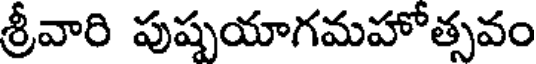
శ్రీవారి పుష్పయాగమహోత్సవం